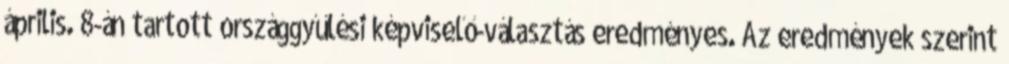
április. 8-án tartott országgyűlési képviselő-választás eredményes. Az eredmények szerint